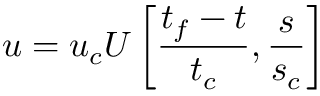
u = u _ { c } U \left[ \frac { t _ { f } - t } { t _ { c } } , \frac { s } { s _ { c } } \right]